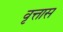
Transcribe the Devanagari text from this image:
वृत्तास